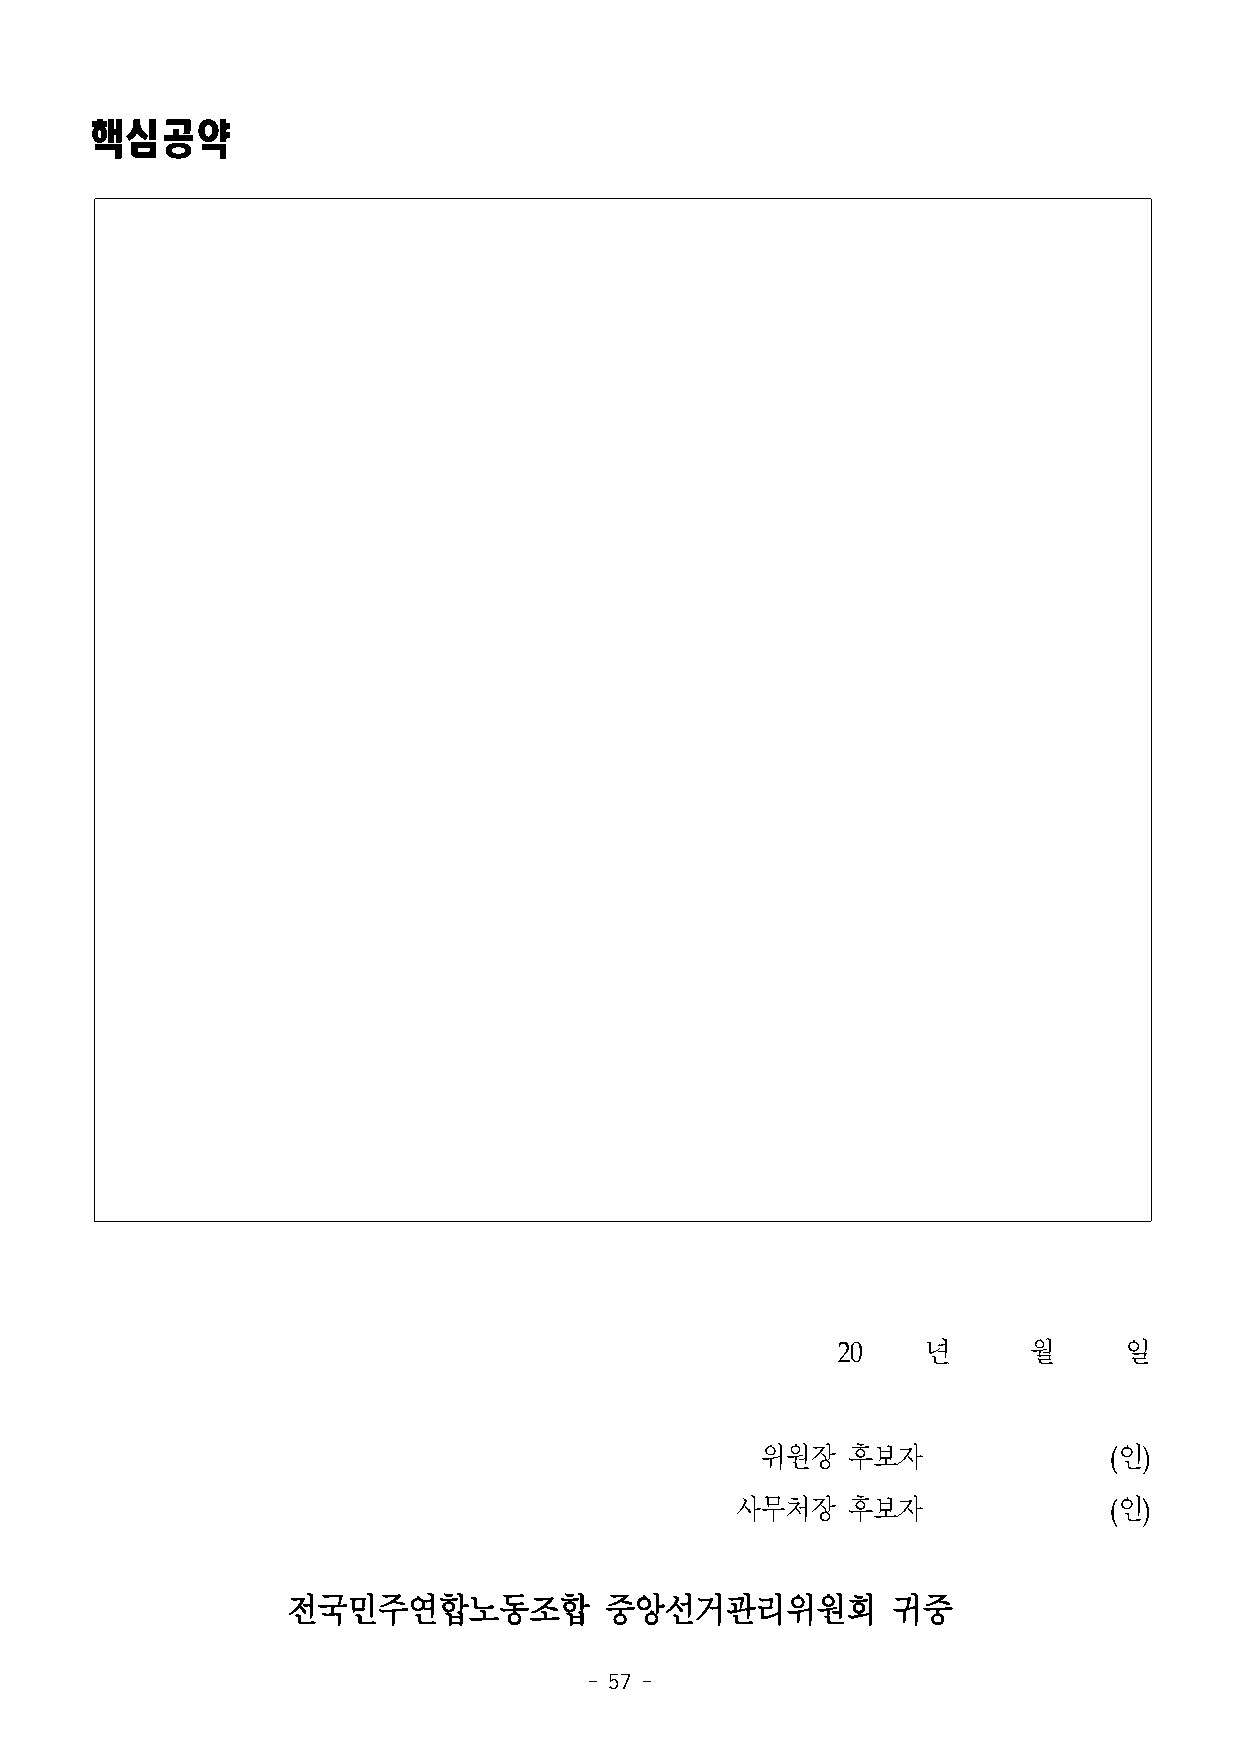
핵심공약
 20    년      월     일
 위원장   후보자              (인)
 사무처장   후보자              (인)
 전국민주연합노동조합           중앙선거관리위원회          귀중
 - 57 -